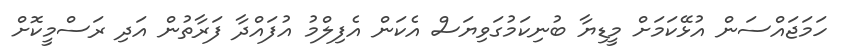
ހަމަޖައްސަން އުޅޭކަމަށް މީޑިޔާ ބުނިކަމުގަވިޔަސް އެކަން އެފިލްމު އުފައްދާ ފަރާތުން އަދި ރަސްމީކޮށް